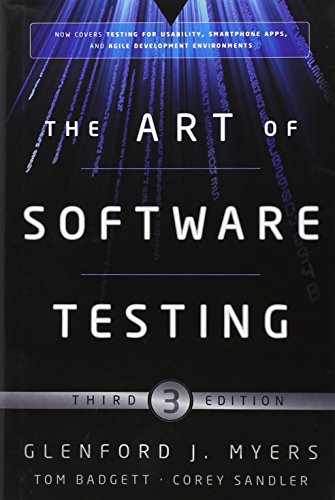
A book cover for The Art of Software Testing; Glenford J. Myers; Reference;